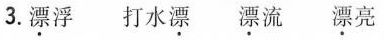
3.漂浮 打水漂 漂流 漂亮